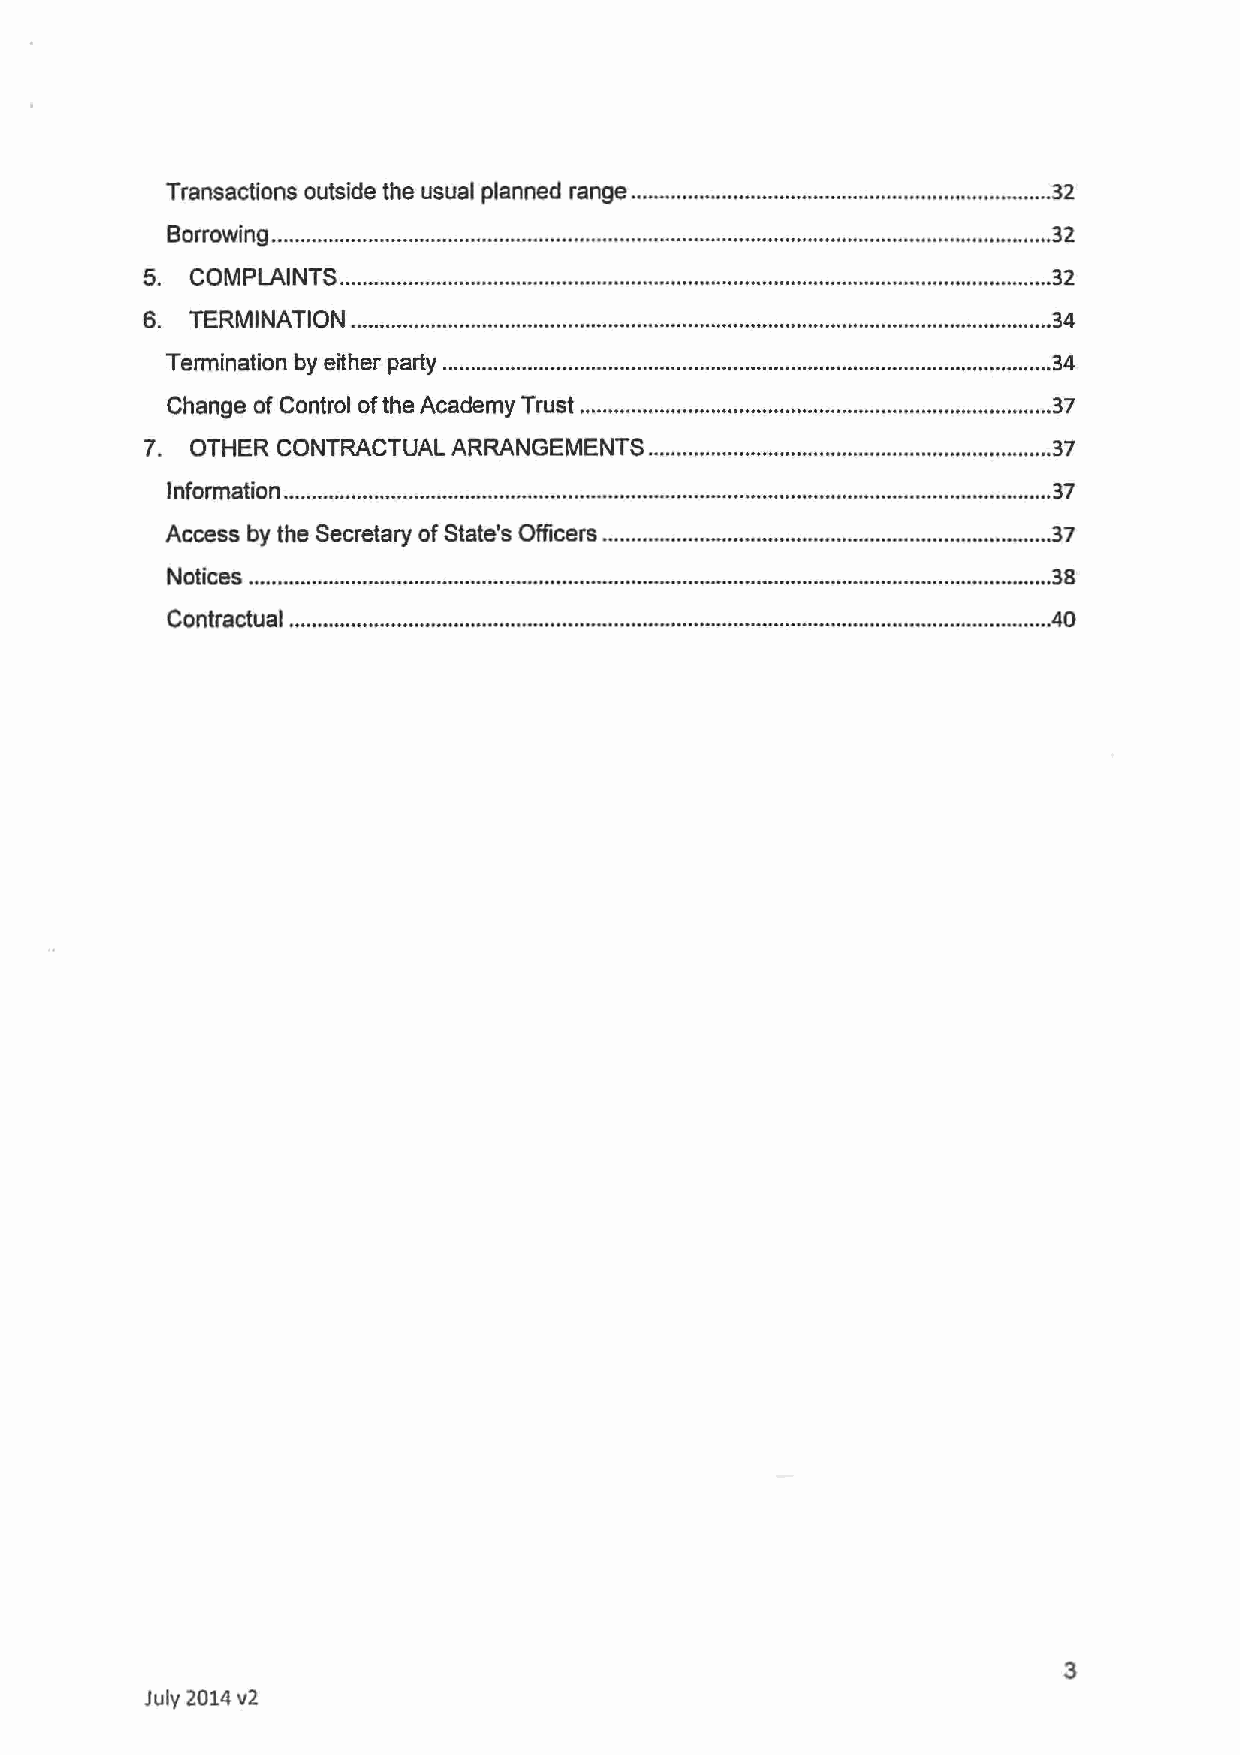
Transactions outside the usual planned range .......................................................................... 32
 Borrowing ......................................................................................................................................... 32
 5. COMPLAINTS ............................................................................................................................. 32
 6. TERMINATION ........................................................................................................................... 34
 Termination by either party ........................................................................................................... 34
 Change of Control of the Academy Trust ................................................................................... 37
 7. OTHER CONTRACTUAL ARRANGEMENTS ....................................................................... 37
 lnformation ....................................................................................................................................... 37
 Access by the Secretary of State's Officers ............................................................................... 37
 Notices ............................................................................................................................................. 38
 Contractual ...................................................................................................................................... 40
 3
 July 2014 v2